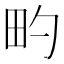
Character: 𬏀